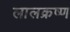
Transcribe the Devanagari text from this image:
लालक्रष्ण